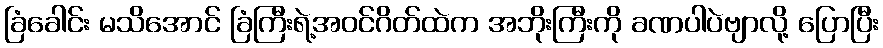
ခြံခေါင်း မသိအောင် ခြံကြီးရဲ့အဝင်ဂိတ်ထဲက အဘိုးကြီးကို ခဏပါပဲဗျာလို့ ပြောပြီး